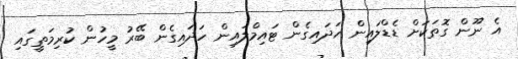
އެ ނޫން ގޮތަކަށް ޑެޑްލައިން ހަދައިގެން ޓައިމްލައިން ހަދައިގެން ބޭރު މީހުން ކުރިމަތީގައި